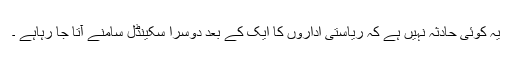
یہ کوئی حادثہ نہیں ہے کہ ریاستی اداروں کا ایک کے بعد دوسرا سکینڈل سامنے آتا جا رہاہے ۔